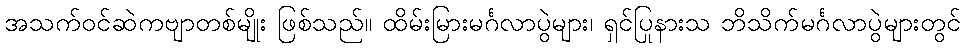
အသက်ဝင်ဆဲကဗျာတစ်မျိုး ဖြစ်သည်။ ထိမ်းမြားမင်္ဂလာပွဲများ၊ ရှင်ပြုနားသ ဘိသိက်မင်္ဂလာပွဲများတွင်